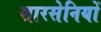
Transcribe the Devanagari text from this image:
सारसेनियों